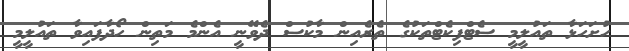
ހުށަހަޅާ ތައުލީމީ ސެޓްފިކެޓްތަކުގެ ތެރެއިން މާކުސް ދެވޭނީ އެންމެ މަތިން ހޯދާފައިވާ ތައުލީމީ